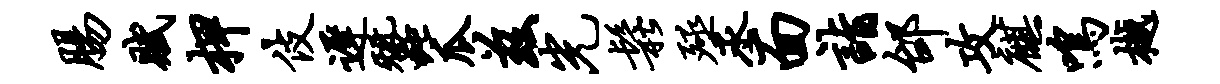
肠赋柙伎迟蚕瓜兹光松殛丞面诣邰攻麒鸣樾